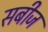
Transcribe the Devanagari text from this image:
सबीज